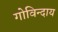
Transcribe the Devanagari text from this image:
गोविन्दाय